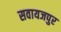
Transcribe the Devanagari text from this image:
सवायजपुर